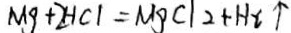
M g + 2 H C l = M g C l _ { 2 } + H _ { 2 } \uparrow